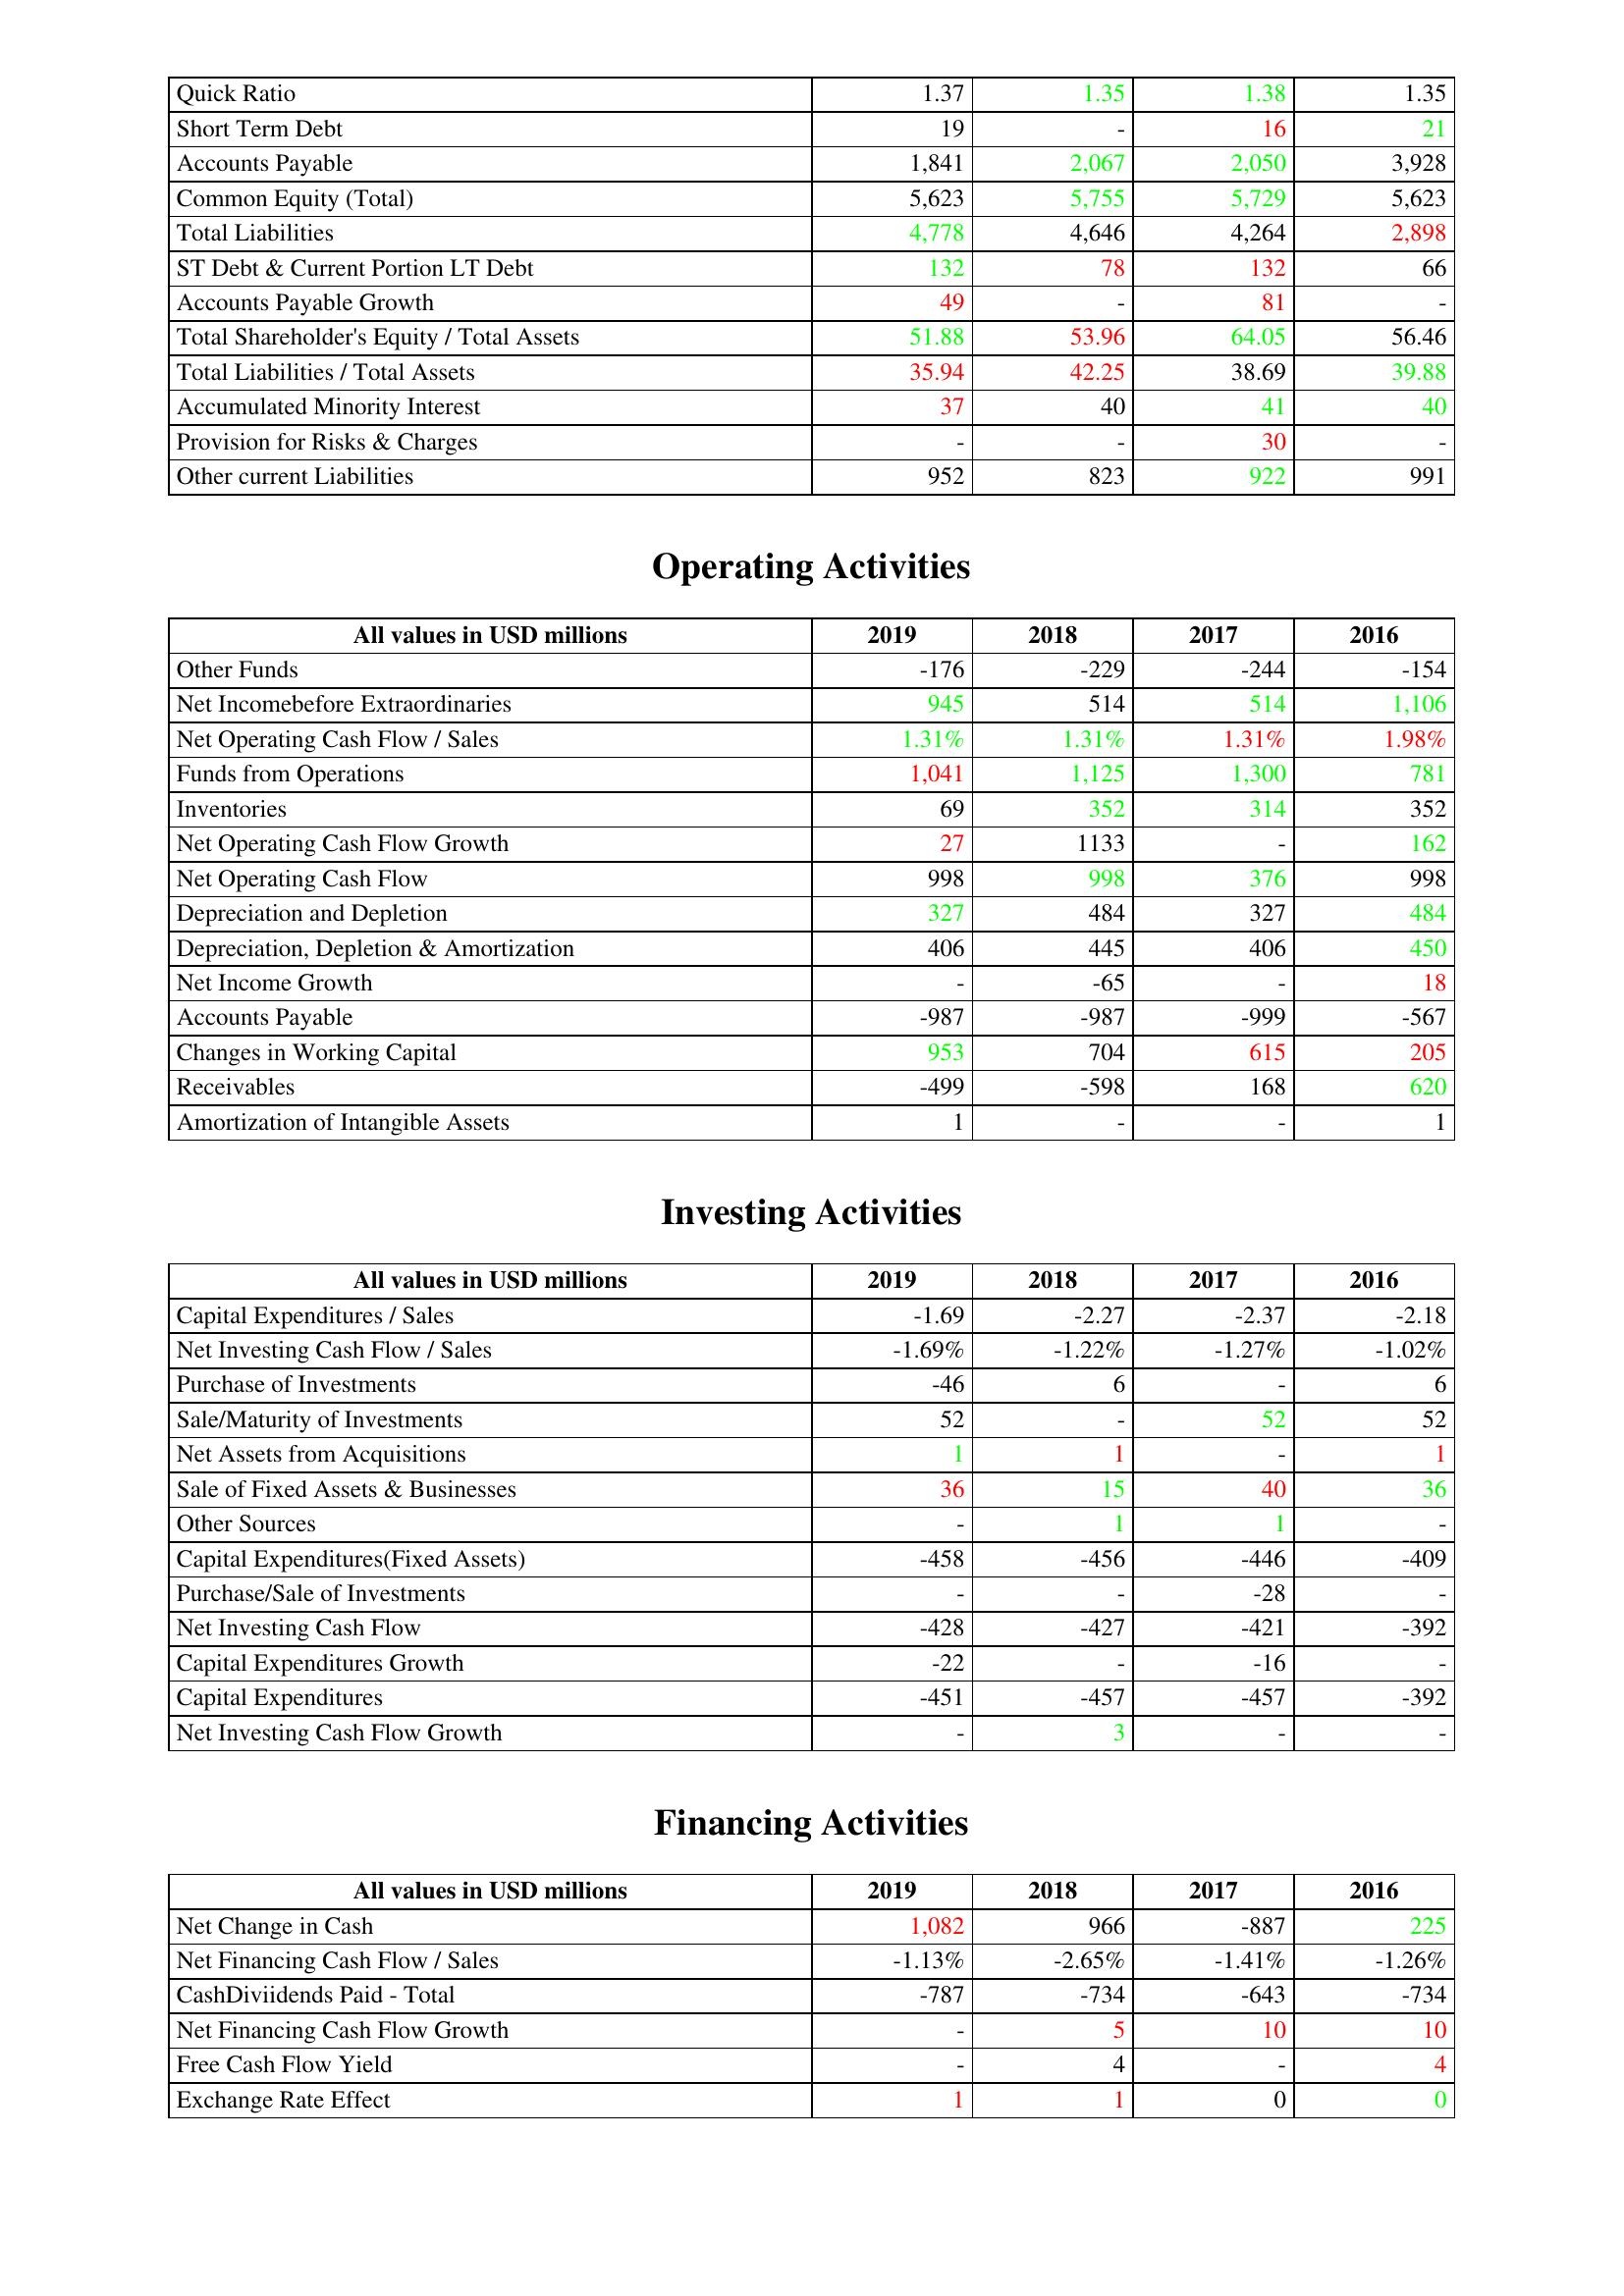
gt_parse: 2019: Liabilities & Shareholder's Equity: Quick Ratio: 1.37
Short Term Debt: 19
Accounts Payable: 1,841
Common Equity (Total): 5,623
Total Liabilities: 4,778
ST Debt & Current Portion LT Debt: 132
Accounts Payable Growth: 49
Total Shareholder's Equity / Total Assets: 51.88
Total Liabilities / Total Assets: 35.94
Accumulated Minority Interest: 37
Provision for Risks & Charges: -
Other current Liabilities: 952
Operating Activities: Other Funds: -176
Net Incomebefore Extraordinaries: 945
Net Operating Cash Flow / Sales: 1.31%
Funds from Operations: 1,041
Inventories: 69
Net Operating Cash Flow Growth: 27
Net Operating Cash Flow: 998
Depreciation and Depletion: 327
Depreciation, Depletion & Amortization: 406
Net Income Growth: -
Accounts Payable: -987
Changes in Working Capital: 953
Receivables: -499
Amortization of Intangible Assets: 1
Investing Activities: Capital Expenditures / Sales: -1.69
Net Investing Cash Flow / Sales: -1.69%
Purchase of Investments: -46
Sale/Maturity of Investments: 52
Net Assets from Acquisitions: 1
Sale of Fixed Assets & Businesses: 36
Other Sources: -
Capital Expenditures(Fixed Assets): -458
Purchase/Sale of Investments: -
Net Investing Cash Flow: -428
Capital Expenditures Growth: -22
Capital Expenditures: -451
Net Investing Cash Flow Growth: -
Financing Activities: Net Change in Cash: 1,082
Net Financing Cash Flow / Sales: -1.13%
CashDiviidends Paid - Total: -787
Net Financing Cash Flow Growth: -
Free Cash Flow Yield: -
Exchange Rate Effect: 1
2018: Liabilities & Shareholder's Equity: Quick Ratio: 1.35
Short Term Debt: -
Accounts Payable: 2,067
Common Equity (Total): 5,755
Total Liabilities: 4,646
ST Debt & Current Portion LT Debt: 78
Accounts Payable Growth: -
Total Shareholder's Equity / Total Assets: 53.96
Total Liabilities / Total Assets: 42.25
Accumulated Minority Interest: 40
Provision for Risks & Charges: -
Other current Liabilities: 823
Operating Activities: Other Funds: -229
Net Incomebefore Extraordinaries: 514
Net Operating Cash Flow / Sales: 1.31%
Funds from Operations: 1,125
Inventories: 352
Net Operating Cash Flow Growth: 1133
Net Operating Cash Flow: 998
Depreciation and Depletion: 484
Depreciation, Depletion & Amortization: 445
Net Income Growth: -65
Accounts Payable: -987
Changes in Working Capital: 704
Receivables: -598
Amortization of Intangible Assets: -
Investing Activities: Capital Expenditures / Sales: -2.27
Net Investing Cash Flow / Sales: -1.22%
Purchase of Investments: 6
Sale/Maturity of Investments: -
Net Assets from Acquisitions: 1
Sale of Fixed Assets & Businesses: 15
Other Sources: 1
Capital Expenditures(Fixed Assets): -456
Purchase/Sale of Investments: -
Net Investing Cash Flow: -427
Capital Expenditures Growth: -
Capital Expenditures: -457
Net Investing Cash Flow Growth: 3
Financing Activities: Net Change in Cash: 966
Net Financing Cash Flow / Sales: -2.65%
CashDiviidends Paid - Total: -734
Net Financing Cash Flow Growth: 5
Free Cash Flow Yield: 4
Exchange Rate Effect: 1
2017: Liabilities & Shareholder's Equity: Quick Ratio: 1.38
Short Term Debt: 16
Accounts Payable: 2,050
Common Equity (Total): 5,729
Total Liabilities: 4,264
ST Debt & Current Portion LT Debt: 132
Accounts Payable Growth: 81
Total Shareholder's Equity / Total Assets: 64.05
Total Liabilities / Total Assets: 38.69
Accumulated Minority Interest: 41
Provision for Risks & Charges: 30
Other current Liabilities: 922
Operating Activities: Other Funds: -244
Net Incomebefore Extraordinaries: 514
Net Operating Cash Flow / Sales: 1.31%
Funds from Operations: 1,300
Inventories: 314
Net Operating Cash Flow Growth: -
Net Operating Cash Flow: 376
Depreciation and Depletion: 327
Depreciation, Depletion & Amortization: 406
Net Income Growth: -
Accounts Payable: -999
Changes in Working Capital: 615
Receivables: 168
Amortization of Intangible Assets: -
Investing Activities: Capital Expenditures / Sales: -2.37
Net Investing Cash Flow / Sales: -1.27%
Purchase of Investments: -
Sale/Maturity of Investments: 52
Net Assets from Acquisitions: -
Sale of Fixed Assets & Businesses: 40
Other Sources: 1
Capital Expenditures(Fixed Assets): -446
Purchase/Sale of Investments: -28
Net Investing Cash Flow: -421
Capital Expenditures Growth: -16
Capital Expenditures: -457
Net Investing Cash Flow Growth: -
Financing Activities: Net Change in Cash: -887
Net Financing Cash Flow / Sales: -1.41%
CashDiviidends Paid - Total: -643
Net Financing Cash Flow Growth: 10
Free Cash Flow Yield: -
Exchange Rate Effect: 0
2016: Liabilities & Shareholder's Equity: Quick Ratio: 1.35
Short Term Debt: 21
Accounts Payable: 3,928
Common Equity (Total): 5,623
Total Liabilities: 2,898
ST Debt & Current Portion LT Debt: 66
Accounts Payable Growth: -
Total Shareholder's Equity / Total Assets: 56.46
Total Liabilities / Total Assets: 39.88
Accumulated Minority Interest: 40
Provision for Risks & Charges: -
Other current Liabilities: 991
Operating Activities: Other Funds: -154
Net Incomebefore Extraordinaries: 1,106
Net Operating Cash Flow / Sales: 1.98%
Funds from Operations: 781
Inventories: 352
Net Operating Cash Flow Growth: 162
Net Operating Cash Flow: 998
Depreciation and Depletion: 484
Depreciation, Depletion & Amortization: 450
Net Income Growth: 18
Accounts Payable: -567
Changes in Working Capital: 205
Receivables: 620
Amortization of Intangible Assets: 1
Investing Activities: Capital Expenditures / Sales: -2.18
Net Investing Cash Flow / Sales: -1.02%
Purchase of Investments: 6
Sale/Maturity of Investments: 52
Net Assets from Acquisitions: 1
Sale of Fixed Assets & Businesses: 36
Other Sources: -
Capital Expenditures(Fixed Assets): -409
Purchase/Sale of Investments: -
Net Investing Cash Flow: -392
Capital Expenditures Growth: -
Capital Expenditures: -392
Net Investing Cash Flow Growth: -
Financing Activities: Net Change in Cash: 225
Net Financing Cash Flow / Sales: -1.26%
CashDiviidends Paid - Total: -734
Net Financing Cash Flow Growth: 10
Free Cash Flow Yield: 4
Exchange Rate Effect: 0